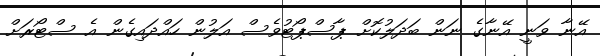
އޭނާ ވަނީ އޭނާގެ ނަން ބަދަލުކޮށް ޕާސްޕޯޓުވެސް އަލުން ހައްދައިގެން އެ ސްޓޯރަށް